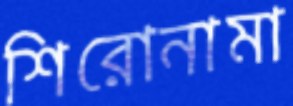
শিরোনামা